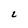
Character: L